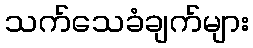
သက်သေခံချက်များ